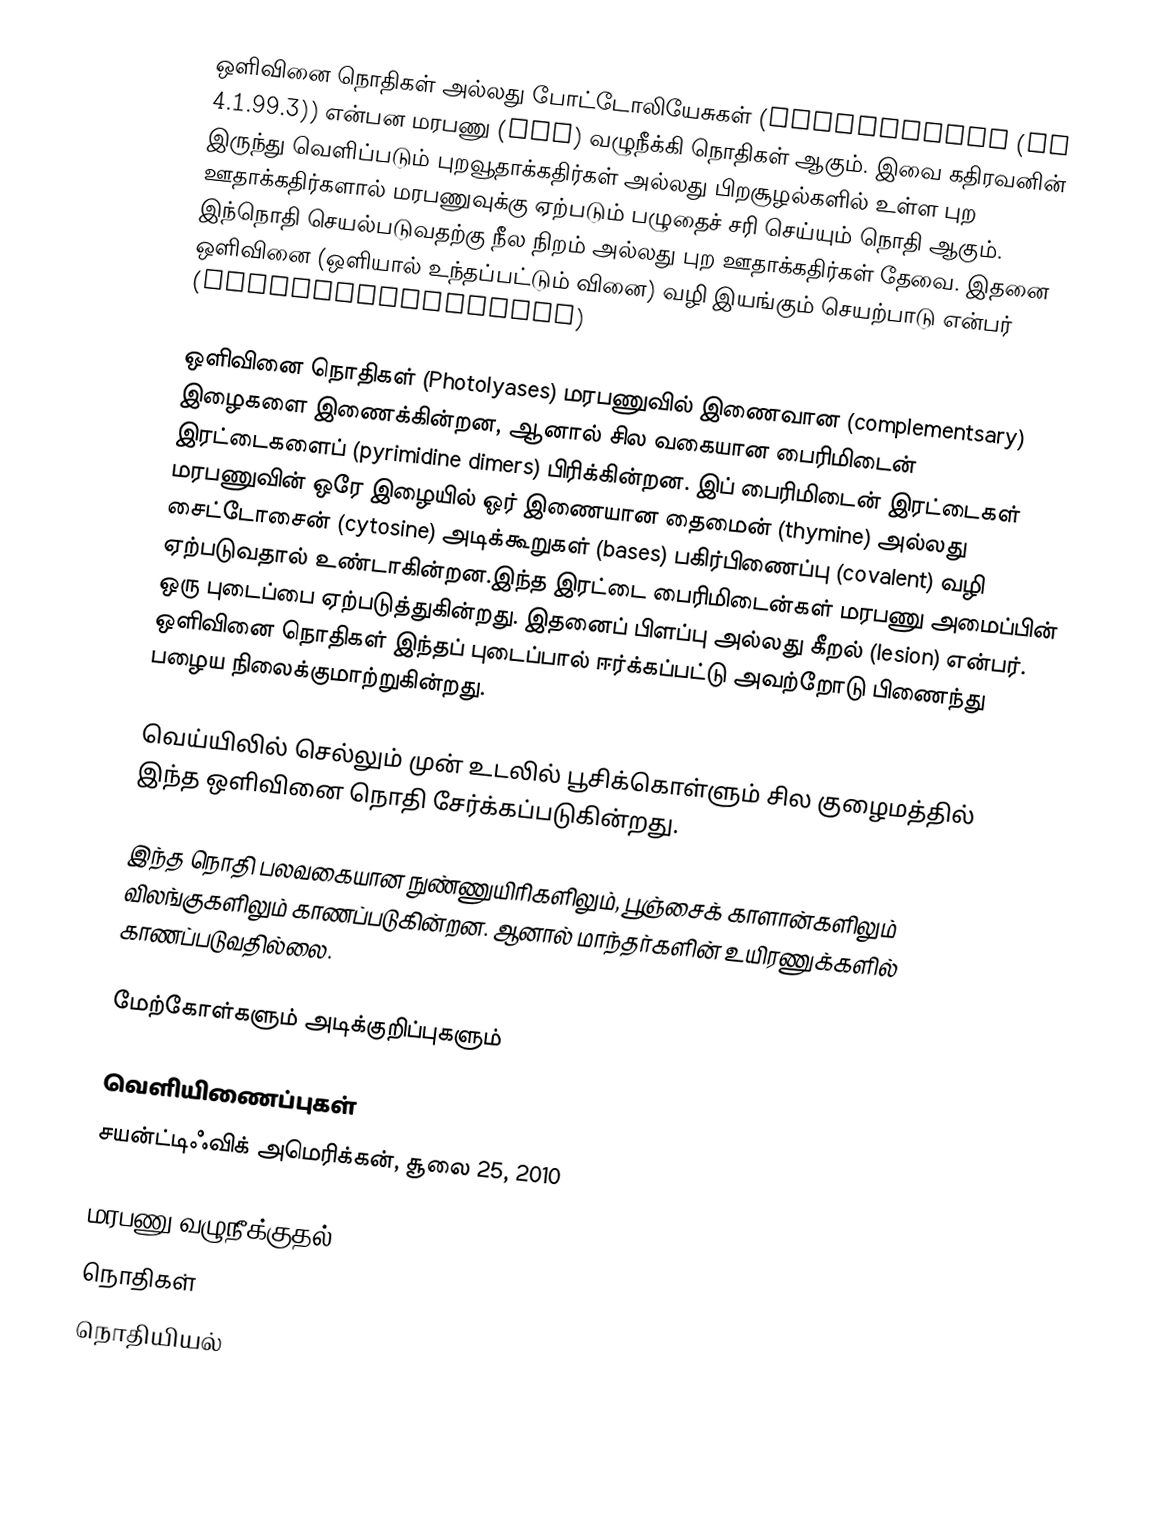
ஒளிவினை நொதிகள் அல்லது போட்டோலியேசுகள் (Photolyases (EC 4.1.99.3)) என்பன மரபணு (DNA) வழுநீக்கி நொதிகள் ஆகும். இவை கதிரவனின் இருந்து வெளிப்படும் புறவூதாக்கதிர்கள் அல்லது பிறசூழல்களில் உள்ள புற ஊதாக்கதிர்களால் மரபணுவுக்கு ஏற்படும் பழுதைச் சரி செய்யும் நொதி ஆகும். இந்நொதி செயல்படுவதற்கு நீல நிறம் அல்லது புற ஊதாக்கதிர்கள் தேவை. இதனை ஒளிவினை (ஒளியால் உந்தப்பட்டும் வினை) வழி இயங்கும் செயற்பாடு என்பர் (photoreactivation)

ஒளிவினை நொதிகள் (Photolyases) மரபணுவில் இணைவான (complementsary) இழைகளை இணைக்கின்றன, ஆனால் சில வகையான பைரிமிடைன் இரட்டைகளைப் (pyrimidine dimers) பிரிக்கின்றன. இப் பைரிமிடைன் இரட்டைகள் மரபணுவின் ஒரே இழையில் ஓர் இணையான தைமைன் (thymine) அல்லது சைட்டோசைன் (cytosine) அடிக்கூறுகள் (bases) பகிர்பிணைப்பு (covalent) வழி ஏற்படுவதால் உண்டாகின்றன.இந்த இரட்டை பைரிமிடைன்கள் மரபணு அமைப்பின் ஒரு புடைப்பை ஏற்படுத்துகின்றது. இதனைப் பிளப்பு அல்லது கீறல் (lesion) என்பர். ஒளிவினை நொதிகள் இந்தப் புடைப்பால் ஈர்க்கப்பட்டு அவற்றோடு பிணைந்து பழைய நிலைக்குமாற்றுகின்றது.

வெய்யிலில் செல்லும் முன் உடலில் பூசிக்கொள்ளும் சில குழைமத்தில் இந்த ஒளிவினை நொதி சேர்க்கப்படுகின்றது.

இந்த நொதி பலவகையான நுண்ணுயிரிகளிலும், பூஞ்சைக் காளான்களிலும் விலங்குகளிலும் காணப்படுகின்றன. ஆனால் மாந்தர்களின் உயிரணுக்களில் காணப்படுவதில்லை.

மேற்கோள்களும் அடிக்குறிப்புகளும்

வெளியிணைப்புகள்
சயன்ட்டிஃவிக் அமெரிக்கன், சூலை 25, 2010

மரபணு வழுநீக்குதல்
நொதிகள்
நொதியியல்